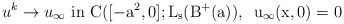
\begin{align*}u^{k}\rightarrow u_{\infty}\,\,\rm{in}\,\, C([-a^{2},0]; L_{s}(B^{+}(a)),\,\ u_{\infty}(x,0)=0\end{align*}